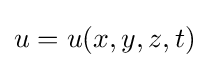
u=u(x,y,z,t)